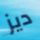
ديز